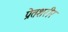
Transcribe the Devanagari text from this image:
प्रेतशरीर